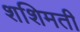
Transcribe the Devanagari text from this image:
शशिमती